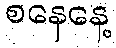
စနေနေ့